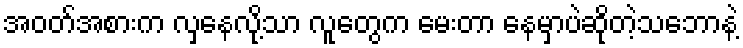
အဝတ်အစားက လှနေလို့သာ လူတွေက မေးတာ နေမှာပဲဆိုတဲ့သဘောနဲ့